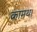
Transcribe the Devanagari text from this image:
कामथ।